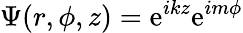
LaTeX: \Psi(r,\phi,z)=\mathrm{e}^{ikz}\mathrm{e}^{im\phi}